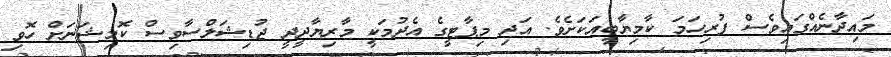
މައިދާނެއްގައިވެސް ފުރިހަމަ ކާމިޔާބީއަކަށެވެ. އަދި މިޕާޓީގެ އެދުމަކީ މާރިޔާދީދީ ޖުޑިޝަލްސާވިސް ކޮމިޝަނަށް ހޮވި